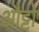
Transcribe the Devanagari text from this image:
औट्टो